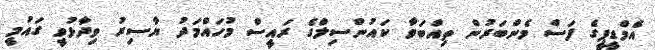
އެމްޑީޕީގެ ފަސް މެންބަރުން ތިއްބަވާ ކައުންސިލްގެ ރައީސް މުހައްމަދު ޔާސިރު ވިދާޅުވީ ގައުމީ